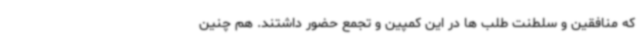
که منافقین و سلطنت طلب ها در این کمپین و تجمع حضور داشتند. هم چنین